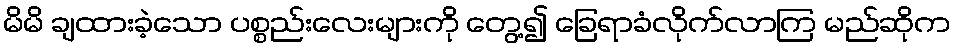
မိမိ ချထားခဲ့သော ပစ္စည်းလေးများကို တွေ့၍ ခြေရာခံလိုက်လာကြ မည်ဆိုက